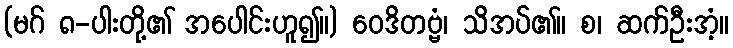
(မဂ် ၈-ပါးတို့၏ အပေါင်းဟူ၍။) ဝေဒိတဗ္ဗံ၊ သိအပ်၏။ စ၊ ဆက်ဦးအံ့။